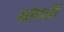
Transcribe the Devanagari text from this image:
वांदरी